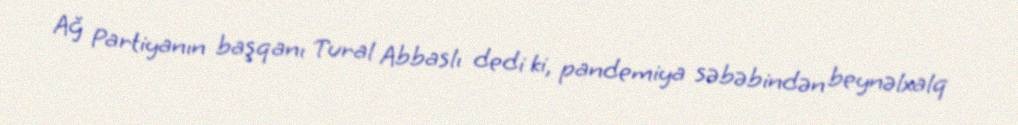
Ağ Partiyanın başqanı Tural Abbaslı dedi ki, pandemiya səbəbindən beynəlxalq